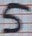
Text: 5